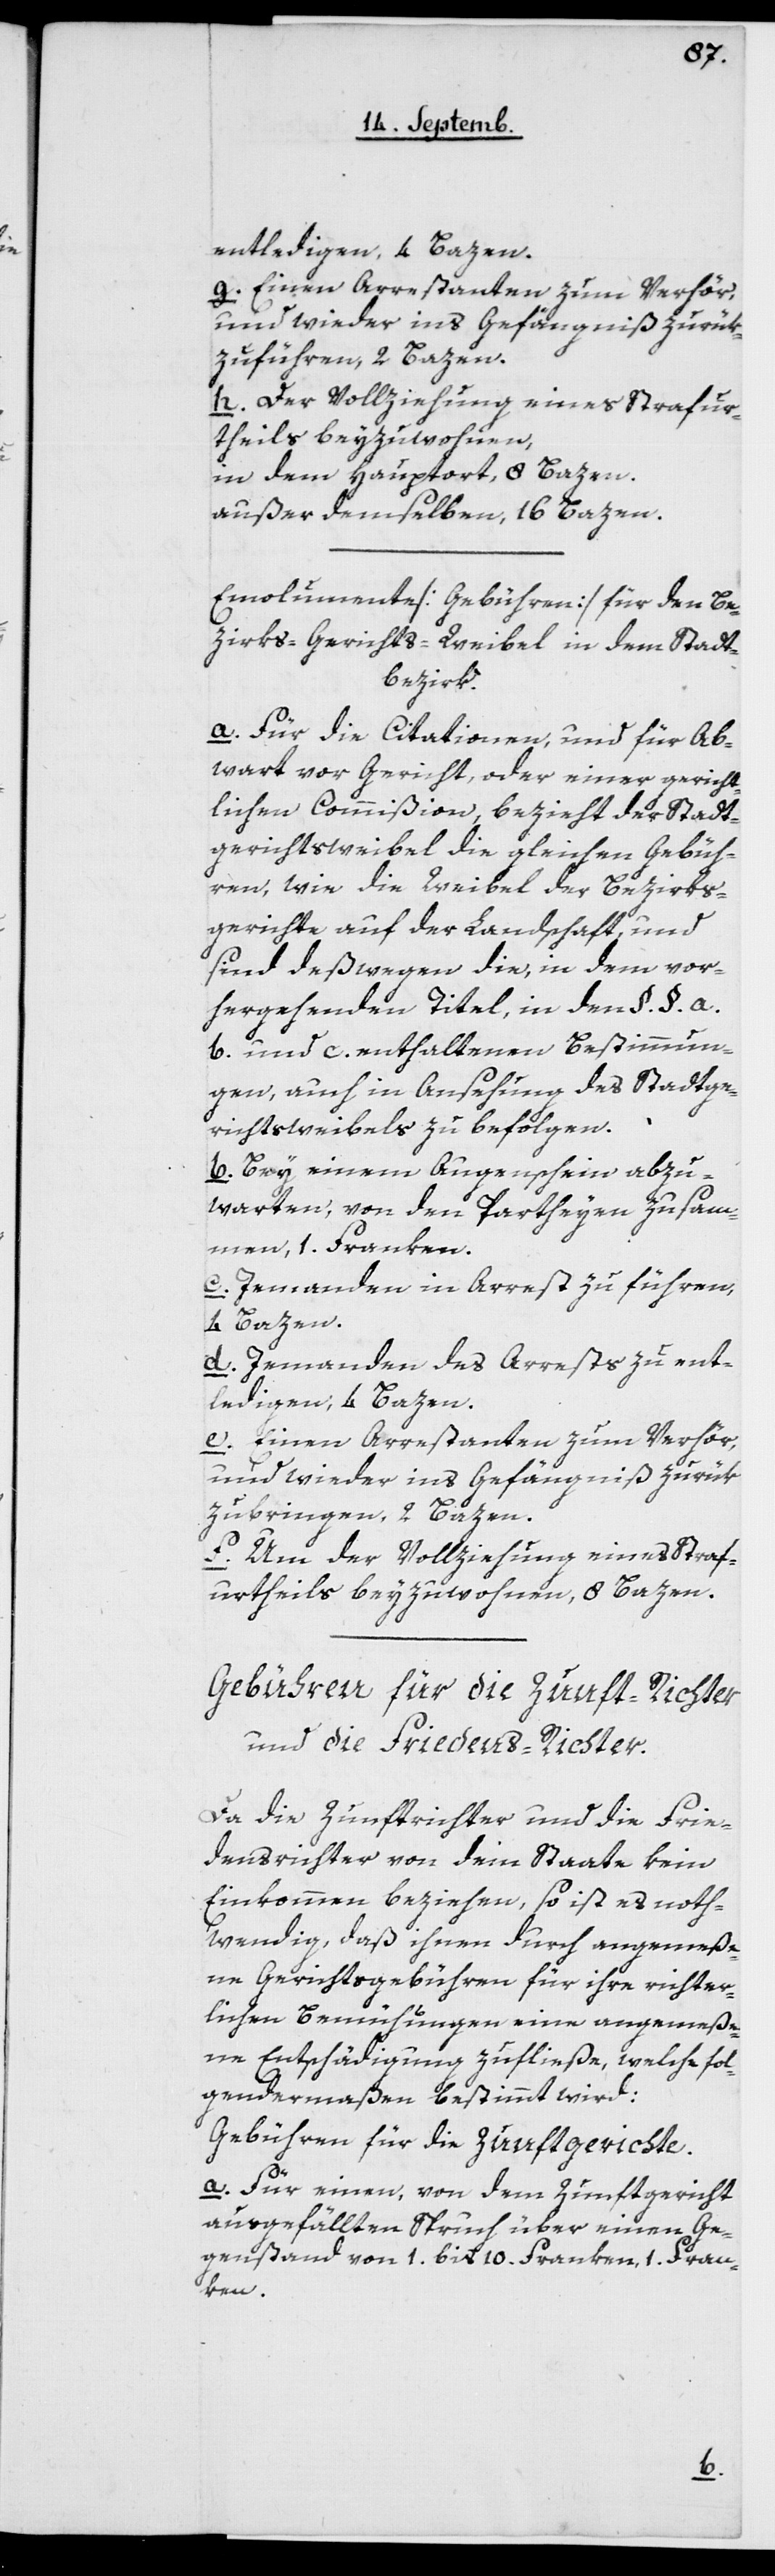
entledigen, 4 Bazen.
g. Einen Arrestanten zum Verhör,
und wieder ins Gefängniß zurük¬
zuführen, 2 Bazen.
h. Der Vollziehung eines Strafur¬
theils beyzuwohnen,
in dem Hauptort, 8 Bazen,
außer demselben, 16 Bazen.
Emolumente [Gebühren] für den Be¬
zirks-Gerichts-Weibel in dem Stadt¬
bezirk.
a. Für die Citationen, und für Ab¬
wart vor Gericht, oder einer gericht¬
lichen Commißion, bezieht der Stadt¬
gerichtsweibel die gleichen Gebüh¬
ren, wie die Weibel der Bezirks¬
gerichte auf der Landschaft, und
sind deßwegen die, in dem vor¬
hergehenden Titel, in den §§ a.
b. und c enthaltenen Bestimmun¬
gen, auch in Ansehung des Stadtge¬
richtsweibels zu befolgen.
b. Bey einem Augenschein abzu¬
warten, von den Partheyen zusam¬
men, 1 Franken.
c. Jemanden in Arrest zu führen,
4 Bazen.
d. Jemanden des Arrests zu ent¬
ledigen, 4 Bazen.
e. Einen Arrestanten zum Verhör,
und wieder ins Gefängniß zurük¬
zubringen, 2 Bazen.
f. Um der Vollziehung eines Straf¬
urtheils beyzuwohnen, 8 Bazen.
Gebühren für die Zunft-Richter
und die Friedens-Richter.
Da die Zunftrichter und die Frie¬
densrichter von dem Staate kein
Einkommen beziehen, so ist es noth¬
wendig, daß ihnen durch angemeße¬
ne Gerichtsgebühren für ihre richter¬
lichen Bemühungen eine angemesse¬
ne Entschädigung zufließe, welche fol¬
gendermaßen bestimmt wird:
Gebühren für die Zunftgerichte.
a. Für einen, von dem Zunftgericht
ausgefällten Spruch über einen Ge¬
genstand von 1 bis 10 Franken, 1 Fran¬
ken.